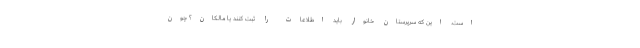
است. این که سرپرستان خانوار باید اطلاعات را ثبت کنند یا مالکان؟ چون